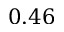
0 . 4 6